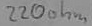
Text: 220ohm